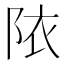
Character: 䧇